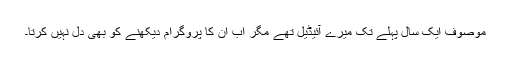
موصوف ایک سال پہلے تک میرے آئیڈیل تھے مگر اب ان کا پروگرام دیکھنے کو بھی دل نہیں کرتا۔